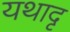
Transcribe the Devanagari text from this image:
यथादृ